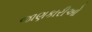
જાણકારીઓ